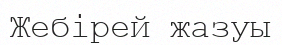
Жебірей жазуы